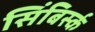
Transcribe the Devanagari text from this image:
सिंबिर्स्क